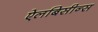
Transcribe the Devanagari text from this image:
ऐलबिसीन्स